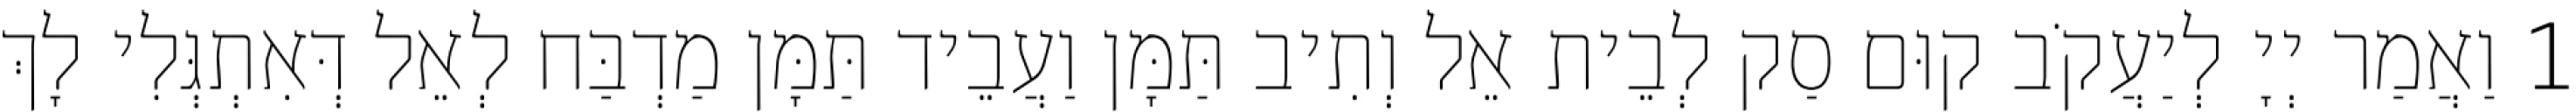
1 וַאֲמַר יְיָ לְיַעֲקֹב קוּם סַק לְבֵית אֵל וְתִיב תַּמָּן וַעֲבֵיד תַּמָּן מַדְבַּח לְאֵל דְּאִתְגְּלִי לָךְ